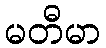
မတီမာ